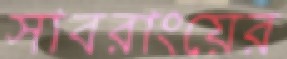
সাবরাংয়ের